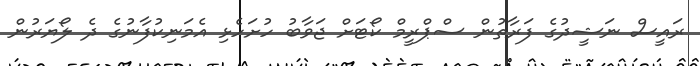
ރައީސް ނަޝީދުގެ ފަރާތުން ސްޕްރީމް ކޯޓަށް ޖަވާބު ހުށަހެޅި އެމަނިކުފާނުގެ ދެ ލޯޔަރުން